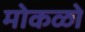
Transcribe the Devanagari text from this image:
मोकळो